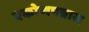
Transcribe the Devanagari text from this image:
एकोणपन्नास